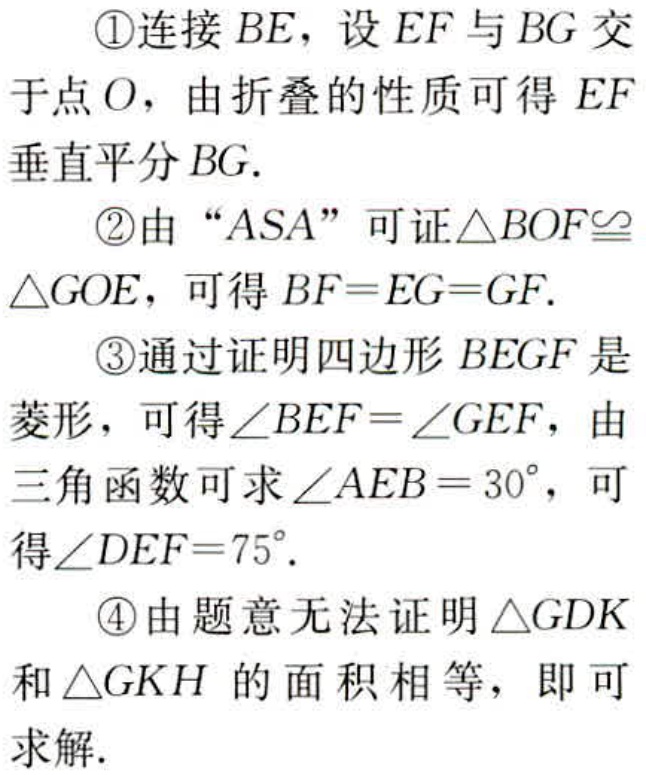
\textcircled{1}连接 \(BE\)，设 \(EF\) 与 \(BG\) 交于点 \(O\)，由折叠的性质可得 \(EF\) 垂直平分 \(BG\).
\textcircled{2}由 “\(ASA\)” 可证 \(\triangle BOF\cong\triangle GOE\)，可得 \(BF = EG = GF\).
\textcircled{3}通过证明四边形 \(BEGF\) 是菱形，可得 \(\angle BEF=\angle GEF\)，由三角函数可求 \(\angle AEB = 30^{\circ}\)，可得 \(\angle DEF = 75^{\circ}\).
\textcircled{4}由题意无法证明 \(\triangle GDK\) 和 \(\triangle GKH\) 的面积相等，即可求解.